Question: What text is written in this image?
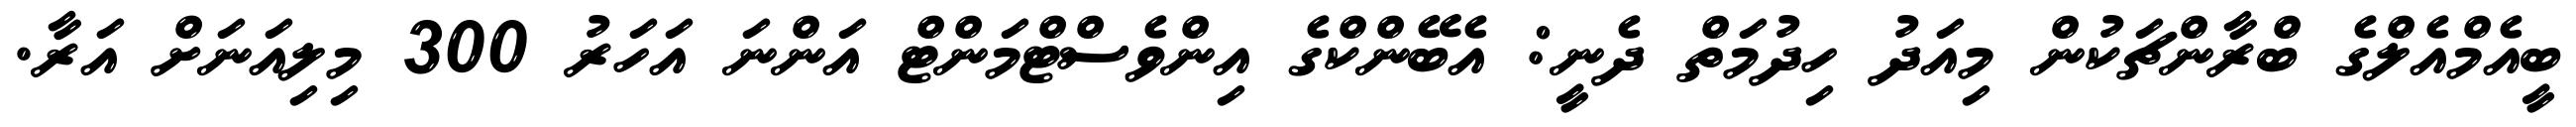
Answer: ބީއެމްއެލްގެ ބްރާންޗަކުން މިއަދު ހިދުމަތް ދެނީ: އެބޭންކްގެ އިންވެސްޓްމަންޓް އަންނަ އަހަރު 300 މިލިއަނަށް އަރާ.